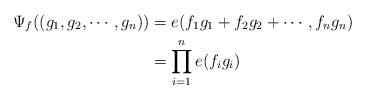
LaTeX: \begin{align*}\Psi_f((g_1,g_2,\cdots,g_n))&= e(f_1g_1+f_2g_2+\cdots,f_ng_n)\\&=\prod_{i=1}^ne(f_ig_i)\end{align*}